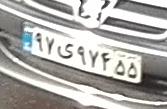
۹۷ی۹۷۴۵۵